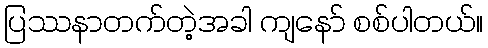
ပြဿနာတက်တဲ့အခါ ကျနော် စစ်ပါတယ်။